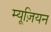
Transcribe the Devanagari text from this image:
म्यूज़ियन